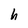
Character: h